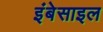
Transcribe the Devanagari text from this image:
इंबेसाइल